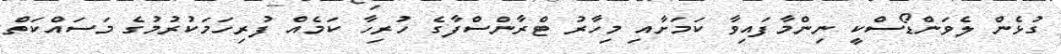
ގުޅެން ލެވަންޑޯސްކީ ނިންމާފައިވާ ކަމަށާއި މިހާރު ޓްރާންސްފާގެ ހުރިހާ ކަމެއް ފުރިހަމަކުރުމުގެ މަސައްކަތް